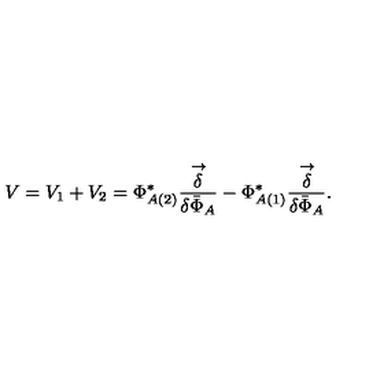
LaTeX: V = V _ { 1 } + V _ { 2 } = \Phi _ { A ( 2 ) } ^ { * } \frac { \stackrel { \rightarrow } { \delta } } { \delta { \bar { \Phi } } _ { A } } - \Phi _ { A ( 1 ) } ^ { * } \frac { \stackrel { \rightarrow } { \delta } } { \delta { \bar { \Phi } } _ { A } } .